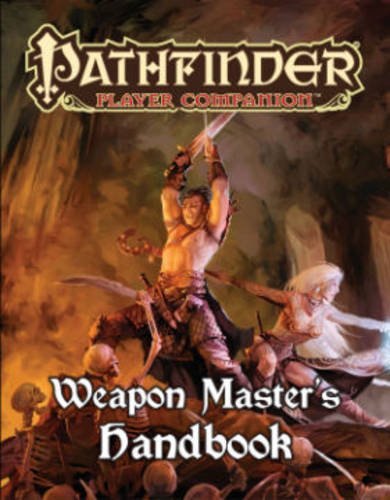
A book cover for Pathfinder Player Companion: Weapon Master's Handbook (Pathfinder Roleplaying Game); Paizo; Science Fiction & Fantasy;